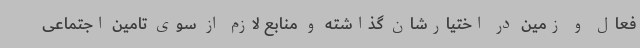
فعال و زمین در اختیارشان گذاشته و منابع لازم از سوی تامین اجتماعی